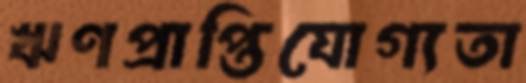
ঋণপ্রাপ্তিযোগ্যতা